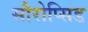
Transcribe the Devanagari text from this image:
सौरोप्सिड